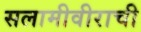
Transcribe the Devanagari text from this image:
सलामीवीराची